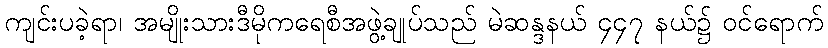
ကျင်းပခဲ့ရာ၊ အမျိုးသားဒီမိုကရေစီအဖွဲ့ချုပ်သည် မဲဆန္ဒနယ် ၄၄၇ နယ်၌ ဝင်ရောက်